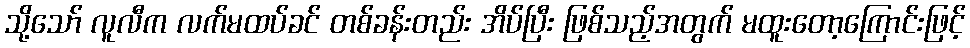
သို့သော် လူလီက လက်မထပ်ခင် တစ်ခန်းတည်း အိပ်ပြီး ဖြစ်သည့်အတွက် မထူးတော့ကြောင်းဖြင့်